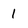
Character: l